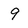
Character: 9